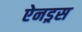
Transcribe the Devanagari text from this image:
ऐनड्रस